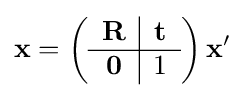
\mathbf {x} =\left({\begin{array}{c|c}\mathbf {R} &\mathbf {t} \\\hline \mathbf {0} &1\end{array}}\right)\mathbf {x} '